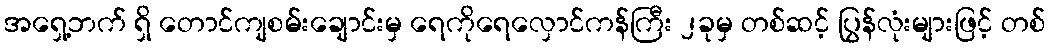
အရှေ့ဘက် ရှိ တောင်ကျစမ်းချောင်းမှ ရေကိုရေလှောင်ကန်ကြီး ၂ခုမှ တစ်ဆင့် ပြွန်လုံးများဖြင့် တစ်